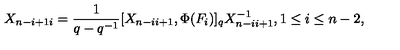
X _ { n - i + 1 i } = \frac { 1 } { q - q ^ { - 1 } } [ X _ { n - i i + 1 } , \Phi ( F _ { i } ) ] _ { q } X _ { n - i i + 1 } ^ { - 1 } , 1 \leq i \leq n - 2 ,